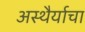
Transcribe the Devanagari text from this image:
अस्थैर्याचा